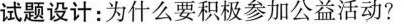
试题设计：为什么要积极参加公益活动?